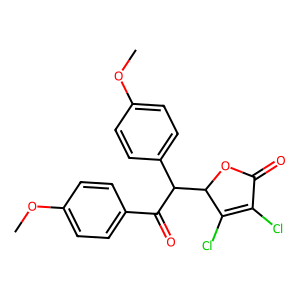
SMILES: COc1ccc(C(=O)C(c2ccc(OC)cc2)C2OC(=O)C(Cl)=C2Cl)cc1
Inhibits HIV replication: No